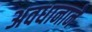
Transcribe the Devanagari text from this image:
अवधानाने